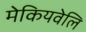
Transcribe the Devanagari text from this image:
मेकियवेलि